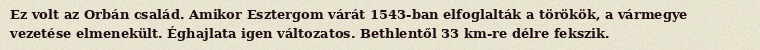
Ez volt az Orbán család. Amikor Esztergom várát 1543-ban elfoglalták a törökök, a vármegye vezetése elmenekült. Éghajlata igen változatos. Bethlentől 33 km-re délre fekszik.